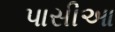
પાસીઆ